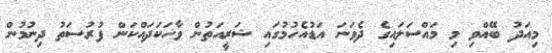
މިއަދު ބޭއްވި މި މައްސަލައިގެ ދެވަނަ އަޑުއެހުމުގައި ޝަރީއަތުން ވާހަކަދައްކަން ފުރުސަތު ދިނުމުން